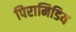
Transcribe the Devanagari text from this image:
पिरामिडिय